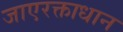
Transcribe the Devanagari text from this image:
जाएरक्ताधान